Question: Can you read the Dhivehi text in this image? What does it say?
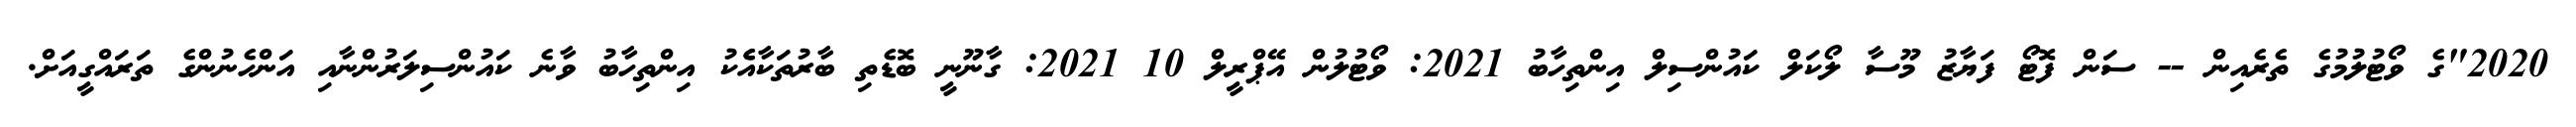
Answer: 2020"ގެ ވޯޓުލުމުގެ ތެރެއިން -- ސަން ފޮޓޯ ފަޔާޒު މޫސާ ލޯކަލް ކައުންސިލް އިންތިހާބު 2021: ވޯޓުލުން އޭޕްރީލް 10 2021: ގާނޫނީ ބޮޑެތި ބާރުތަކާއެެކު އިންތިހާބު ވާނެ ކައުންސިލަރުންނާއި އަންހެނުންގެ ތަރައްގީއަށް.